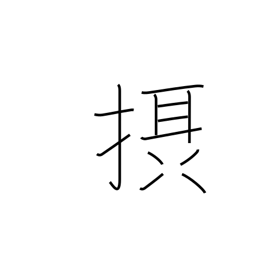
Meaning: absorb